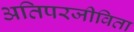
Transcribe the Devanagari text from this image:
अतिपरजीविता